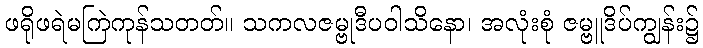
ဖရိုဖရဲမကြဲကုန်သတတ်။ သကလဇမ္ဗုဒီပဝါသိနော၊ အလုံးစုံ ဇမ္ဗူဒိပ်ကျွန်း၌